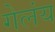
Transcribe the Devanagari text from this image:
गेलंय